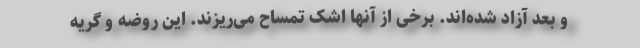
و بعد آزاد شده‌اند. برخی از آنها اشک تمساح می‌ریزند. این روضه و گریه